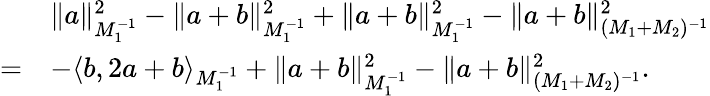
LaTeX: \begin{array}{rl}&{\Vert a\Vert_{M_{1}^{-1}}^{2}-\Vert a+b\Vert_{M_{1}^{-1}}^{2}+\Vert a+b\Vert_{M_{1}^{-1}}^{2}-\Vert a+b\Vert_{(M_{1}+M_{2})^{-1}}^{2}}\\ {=}&{-\langle b,2a+b\rangle_{M_{1}^{-1}}+\Vert a+b\Vert_{M_{1}^{-1}}^{2}-\Vert a+b\Vert_{(M_{1}+M_{2})^{-1}}^{2}.}\end{array}